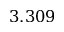
3 . 3 0 9